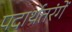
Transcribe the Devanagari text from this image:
पदार्थतरंगें